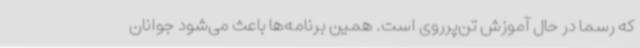
که رسما در حال آموزش تن‌پرروی است. همین برنامه‌ها باعث می‌شود جوانان